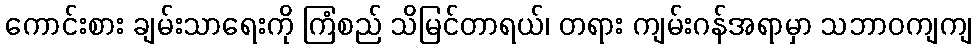
ကောင်းစား ချမ်းသာရေးကို ကြံစည် သိမြင်တာရယ်၊ တရား ကျမ်းဂန်အရာမှာ သဘာဝကျကျ